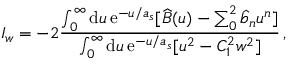
I _ { w } = - 2 { \frac { \int _ { 0 } ^ { \infty } \mathrm { d } u \, \mathrm { e } ^ { - u / a _ { s } } [ \widehat B ( u ) - \sum _ { 0 } ^ { 2 } \hat { b } _ { n } u ^ { n } ] } { \int _ { 0 } ^ { \infty } \mathrm { d } u \, \mathrm { e } ^ { - u / a _ { s } } [ u ^ { 2 } - C _ { 1 } ^ { 2 } w ^ { 2 } ] } } \, ,